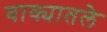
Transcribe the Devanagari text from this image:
वाक्यातले